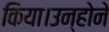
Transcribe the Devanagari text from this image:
किया।उन्होने